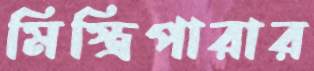
মিস্ত্রিপারার